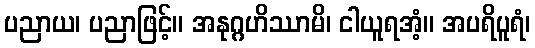
ပညာယ၊ ပညာဖြင့်။ အနုဂ္ဂဟိဿာမိ၊ ငါယူရအံ့။ အပရိပူရံ၊